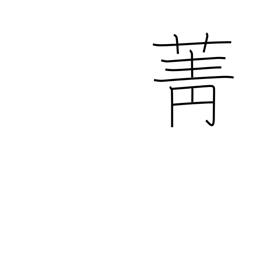
Meaning: turnip